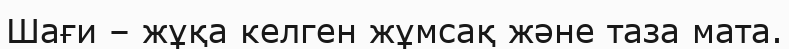
Шағи – жұқа келген жұмсақ және таза мата.